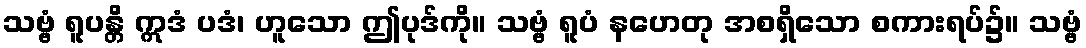
သဗ္ဗံ ရူပန္တိ ဣဒံ ပဒံ၊ ဟူသော ဤပုဒ်ကို။ သဗ္ဗံ ရူပံ နဟေတု အစရှိသော စကားရပ်၌။ သဗ္ဗံ